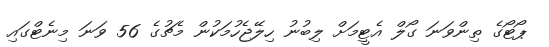
ޕޯޓޯގެ ތިންވަނަ ގޯލް އެޓީމަށް ލިބުނު ހިލޭޖެހުމަކުން މެޗުގެ 56 ވަނަ މިނެޓްގައި